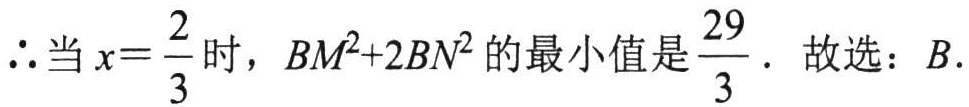
$\therefore$当$x = \dfrac{2}{3}$时，$BM^{2} + 2BN^{2}$的最小值是$\dfrac{29}{3}$．故选：$B$．